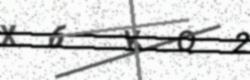
Text: X6KQ2